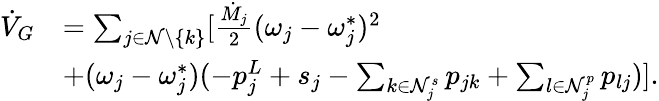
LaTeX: \begin{array}{rl}{\dot{V}_{G}}&{=\sum_{j\in\mathcal{N}\setminus\{ k\} }[\frac{\dot{M}_{j}}{2}(\omega_{j}-\omega_{j}^{*})^{2}}\\ &{+(\omega_{j}-\omega_{j}^{*})(-p_{j}^{L}+s_{j}-\sum_{k\in\mathcal{N}_{j}^{s}}p_{jk}+\sum_{l\in\mathcal{N}_{j}^{p}}p_{lj})].}\end{array}